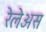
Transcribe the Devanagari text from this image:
रेलेअस